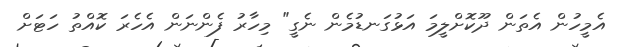
އެމީހުން އެތަން ދޫކޮށްލީމަ އަޅުގަނޑުމެން ނެގީ" މިހާރު ފެންނަން އެހެރަ ކޮއްތު ހަޓަށް